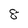
Character: 8